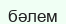
бәлем